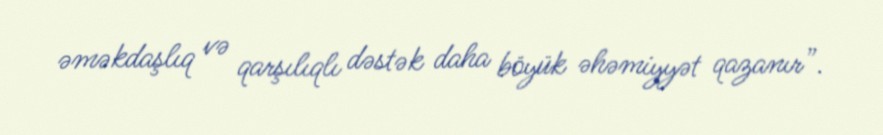
əməkdaşlıq və qarşılıqlı dəstək daha böyük əhəmiyyət qazanır”.